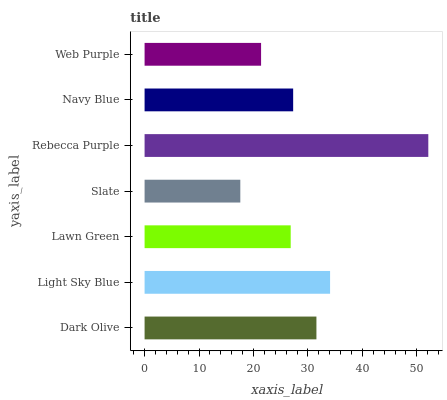
| yaxis_label | bars |
 | --- | --- |
 | Dark Olive | 31.6 |
 | Light Sky Blue | 34.1 |
 | Lawn Green | 26.8 |
 | Slate | 17.6 |
 | Rebecca Purple | 52.1 |
 | Navy Blue | 27.3 |
 | Web Purple | 21.4 |